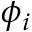
\phi _ { i }